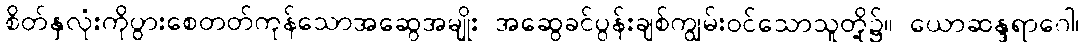
စိတ်နှလုံးကိုပွားစေတတ်ကုန်သောအဆွေအမျိုး အဆွေခင်ပွန်းချစ်ကျွမ်းဝင်သောသူတို့၌။ ယောဆန္ဒရာဂေါ၊